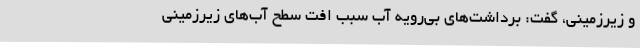
و زیرزمینی، گفت: برداشت‌های بی‌رویه آب سبب افت سطح آب‌های زیرزمینی